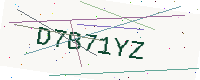
Text: D7B71YZ